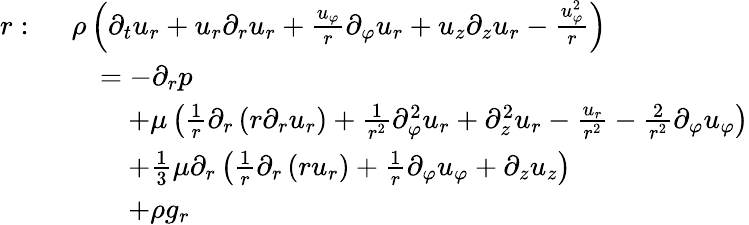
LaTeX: {\begin{array}{rl}{r:\ }&{\rho\left({\partial_{t}u_{r}}+u_{r}{\partial_{r}u_{r}}+{\frac{u_{\varphi}}{r}}{\partial_{\varphi}u_{r}}+u_{z}{\partial_{z}u_{r}}-{\frac{u_{\varphi}^{2}}{r}}\right)}\\ &{\quad=-{\partial_{r}p}}\\ &{\qquad+\mu\left({\frac{1}{r}}\partial_{r}\left(r{\partial_{r}u_{r}}\right)+{\frac{1}{r^{2}}}{\partial_{\varphi}^{2}u_{r}}+{\partial_{z}^{2}u_{r}}-{\frac{u_{r}}{r^{2}}}-{\frac{2}{r^{2}}}{\partial_{\varphi}u_{\varphi}}\right)}\\ &{\qquad+{\frac{1}{3}}\mu\partial_{r}\left({\frac{1}{r}}{\partial_{r}\left(ru_{r}\right)}+{\frac{1}{r}}{\partial_{\varphi}u_{\varphi}}+{\partial_{z}u_{z}}\right)}\\ &{\qquad+\rho g_{r}}\end{array}}